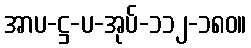
အာပ-ဋ္ဌ-ပ-အုပ်-၁၁၂-၁၈၀။